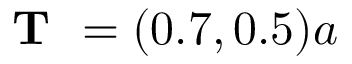
\textbf { T } = ( 0 . 7 , 0 . 5 ) a